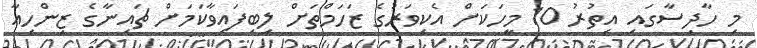
މި ހާދިސާގައި އިތުރު 10 މީހަކަށް އެކިވަރުގެ ޒަހަމްތަށް ލިބިފައިވާކަމަށް ޗައިނާގެ ޒިންހިއާ